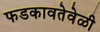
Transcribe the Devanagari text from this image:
फडकावतेवेळी